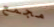
مجمع